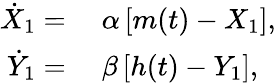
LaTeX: \begin{array}{rl}{\dot{X}_{1}={}}&{{}\alpha\left[m(t)-X_{1}\right],}\\ {\dot{Y}_{1}={}}&{{}\beta\left[h(t)-Y_{1}\right],}\end{array}